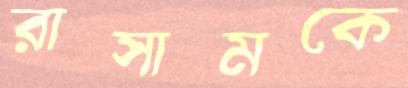
রাসামকে